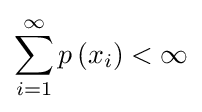
\sum _{i=1}^{\infty }p\left(x_{i}\right)<\infty